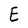
Character: E